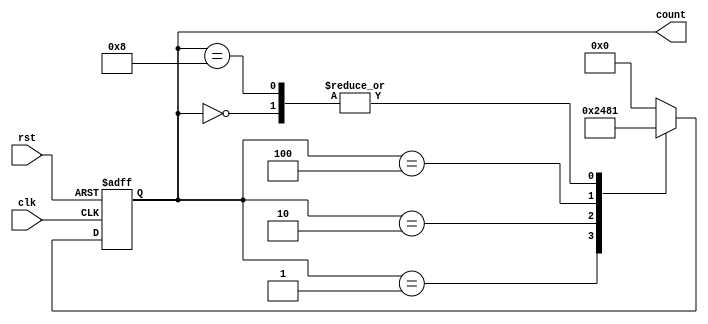
module RingCounter (
    input wire clk,    // Clock input
    input wire rst,    // Reset input
    output reg [3:0] count  // 4-bit output representing the counter value
);

reg [3:0] next_count;

always @(posedge clk or posedge rst) begin
    if (rst) begin
        count <= 4'b0000;
    end else begin
        count <= next_count;
    end
end

always @(count) begin
    case(count)
        4'b0000: next_count = 4'b0001;
        4'b0001: next_count = 4'b0010;
        4'b0010: next_count = 4'b0100;
        4'b0100: next_count = 4'b1000;
        4'b1000: next_count = 4'b0001;
        default: next_count = 4'b0000;
    endcase
end

endmodule